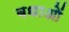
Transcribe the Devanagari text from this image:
बधाओं